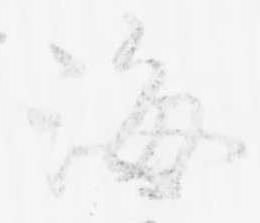
海